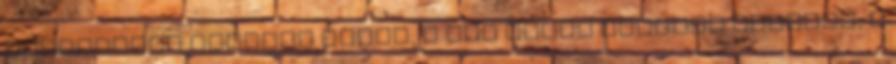
bódulattól eszemet veszi, s nem tudom józanul megélni, s